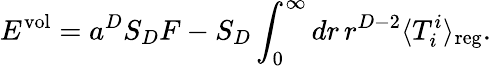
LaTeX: E^{\mathrm{vol}}=a^{D}S_{D}F-S_{D}\int_{0}^{\infty}dr\, r^{D-2}\langle T_{i}^{i}\rangle_{\mathrm{reg}}.